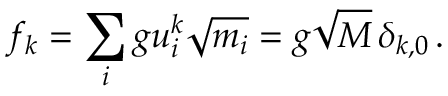
f _ { k } = \sum _ { i } g u _ { i } ^ { k } \sqrt { m _ { i } } = g \sqrt { M } \, \delta _ { k , 0 } \, .